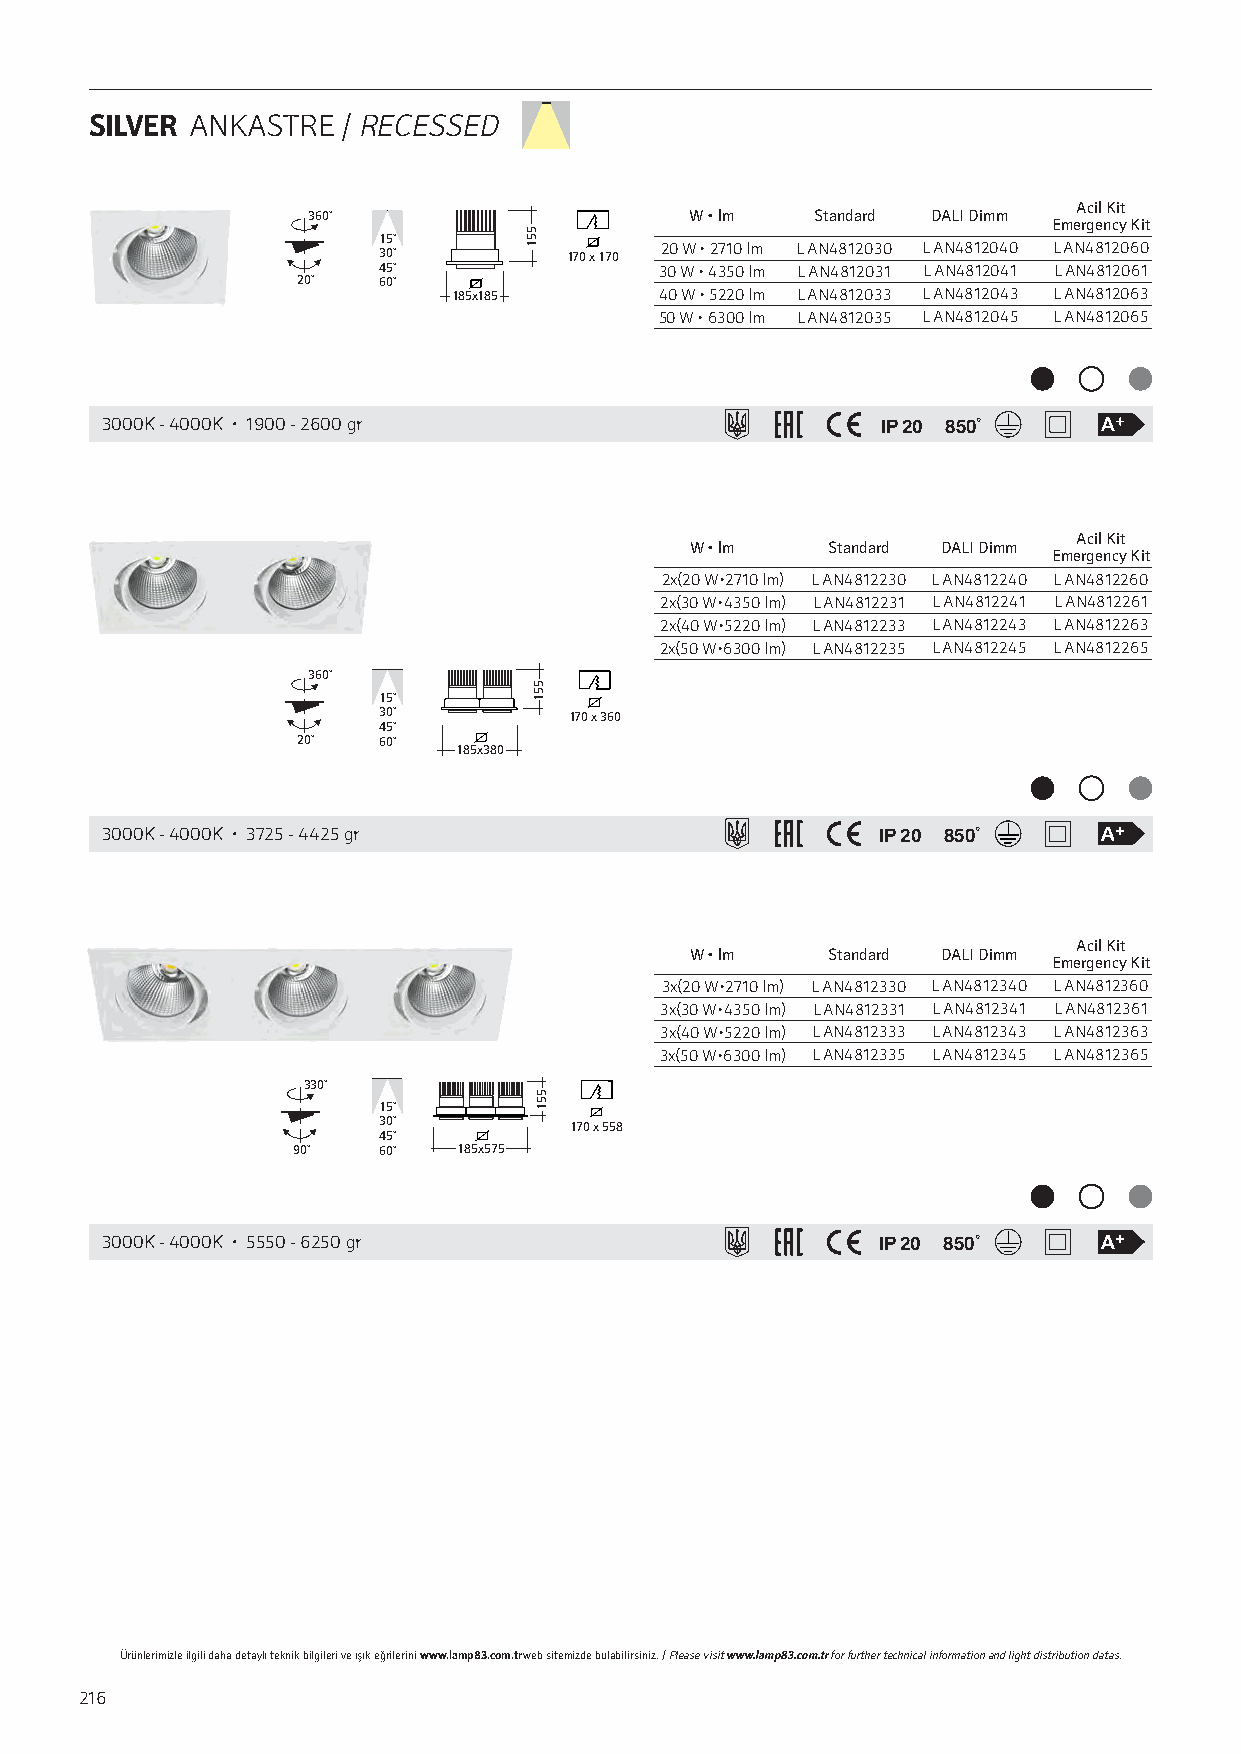
SILVER ANKASTRE  / RECESSED
 Acil Kit
 360˚                      W • lm  Standard DALI Dimm
 Emergency Kit
 15˚
 30˚         170 x 170 20 W • 2710 lm L AN4812030 L AN4812040 L AN4812060
 45˚                30 W • 4350 lm L AN4812031 L AN4812041 L AN4812061
 20˚  60˚
 185x185       40 W • 5220 lm L AN4812033 L AN4812043 L AN4812063
 50 W • 6300 lm L AN4812035 L AN4812045 L AN4812065
 3000K - 4000K • 1900 - 2600 gr                     IP 20 850˚
 Acil Kit
 W • lm   Standard DALI Dimm
 Emergency Kit
 2x(20 W•2710 lm) L AN4812230 L AN4812240 L AN4812260
 2x(30 W•4350 lm) L AN4812231 L AN4812241 L AN4812261
 2x(40 W•5220 lm) L AN4812233 L AN4812243 L AN4812263
 2x(50 W•6300 lm) L AN4812235 L AN4812245 L AN4812265
 360˚
 15˚
 30˚          170 x 360
 45˚
 20˚  60˚
 185x380
 3000K - 4000K • 3725 - 4425 gr                     IP 20 850˚
 Acil Kit
 W • lm   Standard DALI Dimm
 Emergency Kit
 3x(20 W•2710 lm) L AN4812330 L AN4812340 L AN4812360
 3x(30 W•4350 lm) L AN4812331 L AN4812341 L AN4812361
 3x(40 W•5220 lm) L AN4812333 L AN4812343 L AN4812363
 3x(50 W•6300 lm) L AN4812335 L AN4812345 L AN4812365
 330˚
 15˚
 30˚          170 x 558
 45˚
 90˚   60˚  185x575
 3000K - 4000K • 5550 - 6250 gr                     IP 20 850˚
 Ürünlerimizle ilgili daha detaylı teknik bilgileri ve ışık eğrilerini www.lamp83.com.tr web sitemizde bulabilirsiniz. / Please visit www.lamp83.com.tr for further technical information and light distribution datas.
 216
 551
 551
 551